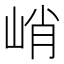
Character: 峭